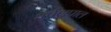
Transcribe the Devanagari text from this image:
घर्षणपाल